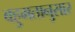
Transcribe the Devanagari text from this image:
बहुमतानुसार